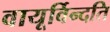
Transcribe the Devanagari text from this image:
वायूर्विन्दति